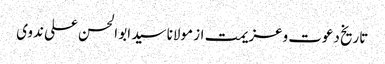
تاریخ دعوت وعزیمت از مولانا سید ابو الحسن علی ندوی